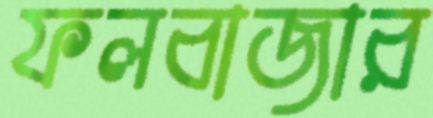
ফলবাজার